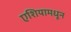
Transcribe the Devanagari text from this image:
एशियामधून